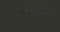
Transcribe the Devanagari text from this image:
शांताबार्इंनी